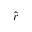
\hat { r }